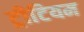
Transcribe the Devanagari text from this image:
ट्रीटियम